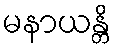
မနာယန္တိ